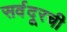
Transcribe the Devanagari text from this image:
सर्वदूरची